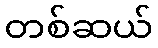
တစ်ဆယ်